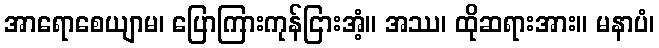
အာရောစေယျာမ၊ ပြောကြားကုန်ငြားအံ့။ အဿ၊ ထိုဆရားအား။ မနာပံ၊